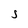
Character: S